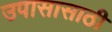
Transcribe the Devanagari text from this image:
उपासासाठी